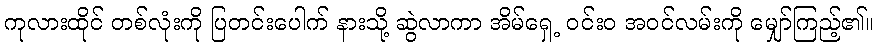
ကုလားထိုင် တစ်လုံးကို ပြတင်းပေါက် နားသို့ ဆွဲလာကာ အိမ်ရှေ့ ဝင်းဝ အဝင်လမ်းကို မျှော်ကြည့်၏။